Vaccination in Bombay 1869-1873 - 1869-1873
Year: 1869
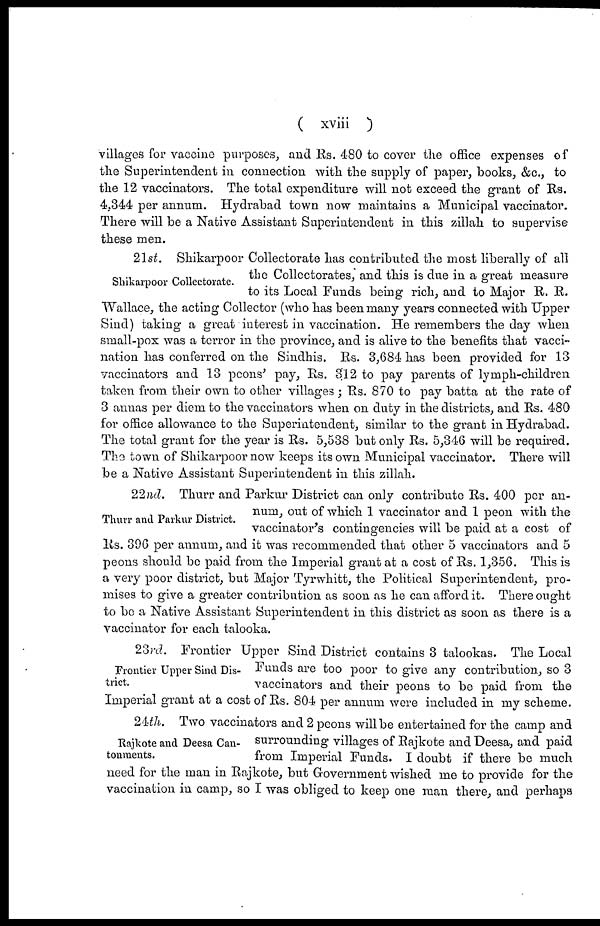
( xviii )
villages for vaccine purposes, and Rs. 480 to cover the office expenses of
the Superintendent in connection with the supply of paper, books, &c., to
the 12 vaccinators. The total expenditure will not exceed the grant of Rs.
4,344 per annum. Hydrabad town now maintains a Municipal vaccinator.
There will be a Native Assistant Superintendent in this zillah to supervise
these men.
Shikarpoor Collectorate.
21st. Shikarpoor Collectorate has contributed the most liberally of all
the Collectorates, and this is due in a great measure
to its Local Funds being rich, and to Major R. R.
Wallace, the acting Collector (who has been many years connected with Upper
Sind) taking a great interest in vaccination. He remembers the day when
small-pox was a terror in the province, and is alive to the benefits that vacci-
nation has conferred on the Sindhis. Rs. 3,684 has been provided for 13
vaccinators and 13 peons' pay, Rs. 312 to pay parents of lymph-children
taken from their own to other villages ; Rs. 870 to pay batta at the rate of
3 annas per diem to the vaccinators when on duty in the districts, and Rs. 480
for office allowance to the Superintendent, similar to the grant in Hydrabad.
The total grant for the year is Rs. 5,538 but only Rs. 5,346 will be required.
The town of Shikarpoor now keeps its own Municipal vaccinator. There will
be a Native Assistant Superintendent in this zillah.
Thurr and Parkur District.
22nd. Thurr and Parkur District can only contribute Rs. 400 per an-
num, out of which 1 vaccinator and 1 peon with the
vaccinator's contingencies will be paid at a cost of
Rs. 396 per annum, and it was recommended that other 5 vaccinators and 5
peons should be paid from the Imperial grant at a cost of Rs. 1,356. This is
a very poor district, but Major Tyrwhitt, the Political Superintendent, pro-
mises to give a greater contribution as soon as he can afford it. There ought
to be a Native Assistant Superintendent in this district as soon as there is a
vaccinator for each talooka.
Frontier Upper Sind Dis-
trict.
23rd. Frontier Upper Sind District contains 3 talookas. The Local
Funds are too poor to give any contribution, so 3
vaccinators and their peons to be paid from the
Imperial grant at a cost of Rs. 804 per annum were included in my scheme.
Rajkote and Deesa Can-
tonments.
24th. Two vaccinators and 2 peons will be entertained for the camp and
surrounding villages of Rajkote and Deesa, and paid
from Imperial Funds. I doubt if there be much
need for the man in Rajkote, but Government wished me to provide for the
vaccination in camp, so I was obliged to keep one man there, and perhaps